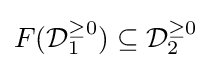
F({\mathcal {D}}_{1}^{\geq 0})\subseteq {\mathcal {D}}_{2}^{\geq 0}